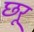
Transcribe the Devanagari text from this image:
छरू